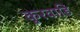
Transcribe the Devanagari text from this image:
कुरवाडि